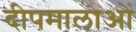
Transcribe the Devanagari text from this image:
दीपमालाओं